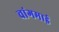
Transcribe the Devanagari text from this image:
चांगमाई